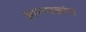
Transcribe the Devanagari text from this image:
आरण्यकांना